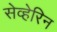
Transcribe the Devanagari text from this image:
सेव्हेरिन